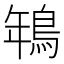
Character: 鵇